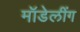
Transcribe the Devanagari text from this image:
मॉडेलींग